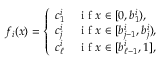
f _ { i } ( x ) = \left\{ \begin{array} { l l } { c _ { 1 } ^ { i } } & { \mathrm { ~ i ~ f ~ } x \in [ 0 , b _ { 1 } ^ { i } ) , } \\ { c _ { j } ^ { i } } & { \mathrm { ~ i ~ f ~ } x \in [ b _ { j - 1 } ^ { i } , b _ { j } ^ { i } ) , } \\ { c _ { \ell } ^ { i } } & { \mathrm { ~ i ~ f ~ } x \in [ b _ { \ell - 1 } ^ { i } , 1 ] , } \end{array} \right.